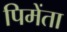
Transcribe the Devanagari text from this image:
पिमेंता